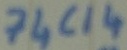
Text: 74C14